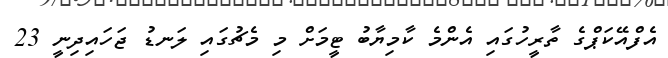
އެފްއޭކަޕްގެ ތާރީހުގައި އެންމެ ކާމިޔާބު ޓީމަށް މި މެޗުގައި ލަނޑު ޖަހައިދިނީ 23